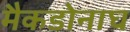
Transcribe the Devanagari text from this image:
मैकडोनाघ